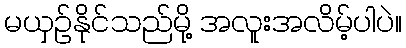
မယှဉ်နိုင်သည်မို့ အလူးအလိမ့်ပါပဲ။